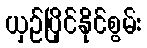
ယှဉ်ပြိုင်နိုင်စွမ်း